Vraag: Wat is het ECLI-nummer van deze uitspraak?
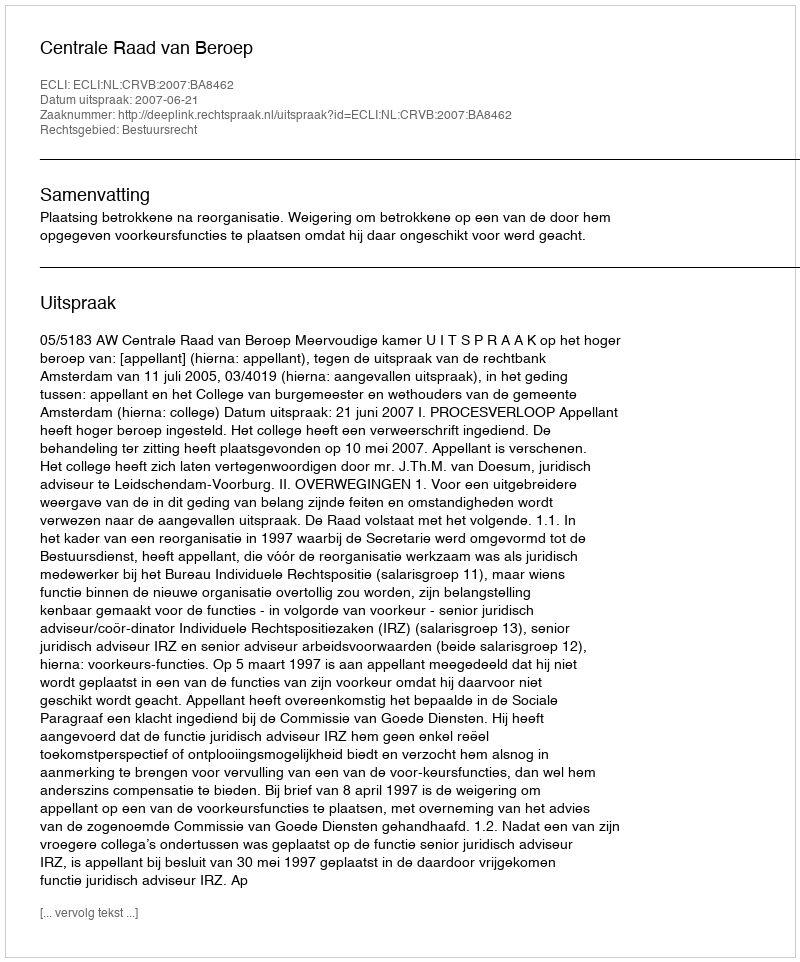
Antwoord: ECLI:NL:CRVB:2007:BA8462